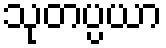
သုတပ္ပယာ